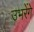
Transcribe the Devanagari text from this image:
उभरेंगे